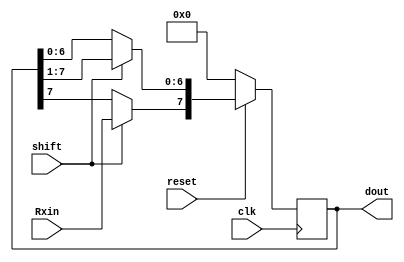
/////////////////////////////////////////////////////////////////////////////////////////////////////////////////
//SIPO: Converts serial data into 8 bit parallel data.
////////////////////////////////////////////////////////////////////////////////////////////////////////////////////

module sipo_(dout,clk,shift,reset,Rxin);
input clk,reset,shift;
input Rxin;
output [7:0]dout; //output to Paritychecker
reg [7:0]s=0;

always@(posedge clk)
begin
if (!reset)
begin
s=0;
end
else if(shift)
begin
s=s>>1;
s[7]=Rxin;
end
else
s=s;
end
assign dout=s;
endmodule